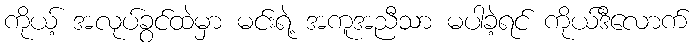
ကိုယ့် အလုပ်ခွင်ထဲမှာ မင်းရဲ့ အကူအညီသာ မပါခဲ့ရင် ကိုယ်ဒီလောက်